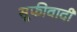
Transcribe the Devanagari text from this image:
सूफीवादी